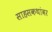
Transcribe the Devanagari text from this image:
साहसकथांवर